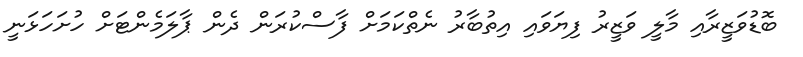
ބޮޑުވަޒީރާއި މާލީ ވަޒީރު ފިޔަވައި އިތުބާރު ނެތްކަމަށް ފާސްކުރަން ދެން ޕާލަމެންޓަށް ހުށަހަޅަނީ